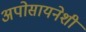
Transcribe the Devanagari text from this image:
अपोसायनेशी